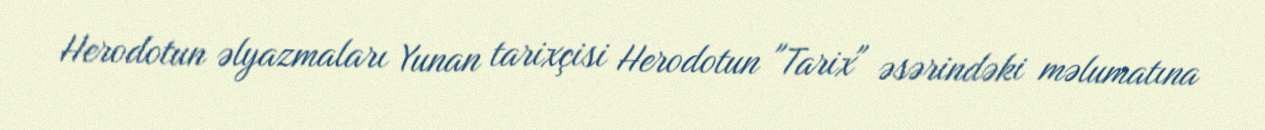
Herodotun əlyazmaları Yunan tarixçisi Herodotun "Tarix" əsərindəki məlumatına